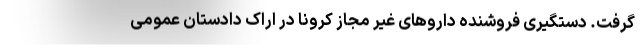
گرفت. دستگیری فروشنده داروهای غیر مجاز کرونا در اراک دادستان عمومی